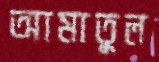
আমাতুল